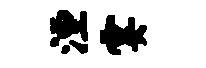
湮霎